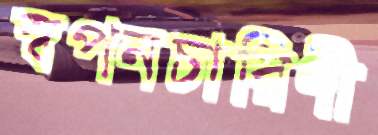
স্বপনচারিণী